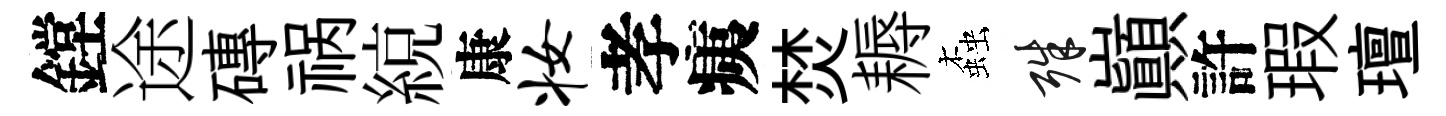
鏜途磚祸綂康妆孝痍焚耨螙殊巔許瑕璮